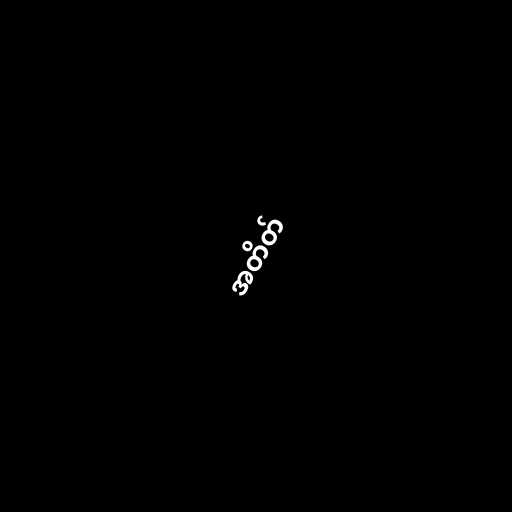
အတိတ်